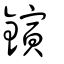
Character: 鏔